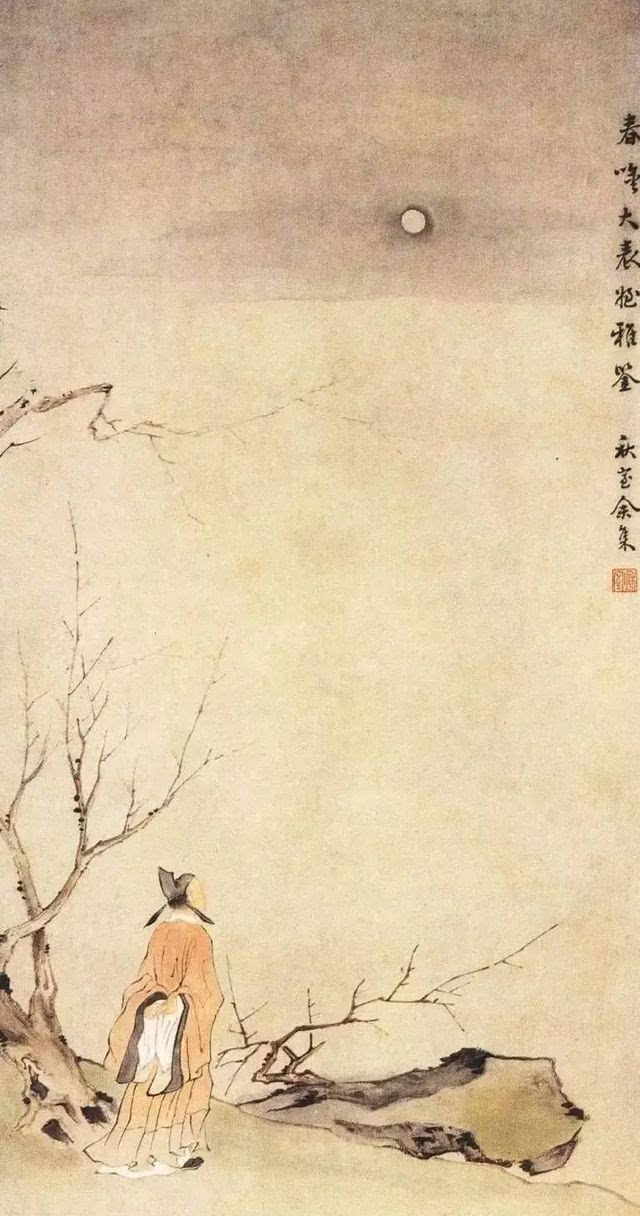
古人今人若流水，共看明月皆如此。